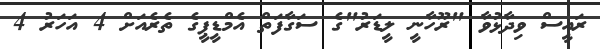
ރައީސް ވިދާޅުވާ "ރޫހާނީ ލީޑަރު"ގެ ސަގާފަތް އެމްޑީޕީގެ ތެރެއަށް 4 އަހަރު 4